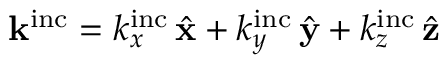
\mathbf { k } ^ { \mathrm { i n c } } = { k } _ { x } ^ { \mathrm { i n c } } \, \hat { \mathbf { x } } + { k } _ { y } ^ { \mathrm { i n c } } \, \hat { \mathbf { y } } + { k } _ { z } ^ { \mathrm { i n c } } \, \hat { \mathbf { z } }